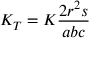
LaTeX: K _ { T } = K { \frac { 2 r ^ { 2 } s } { a b c } }